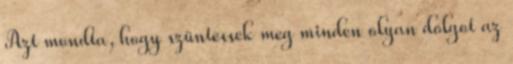
Azt mondta, hogy szüntessek meg minden olyan dolgot az